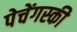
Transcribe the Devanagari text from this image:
पेचेंगस्की